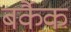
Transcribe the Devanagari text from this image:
बर्कैक